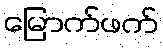
မြောက်ဖက်